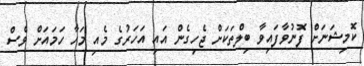
ކޮމިޝަނަށް ފޮނުވާފައިވާ ބިލްތަކަށް ޖެހިގެން އައި އަހަރުގެ މެއި މަހާ ހަމައަށް ވެސް